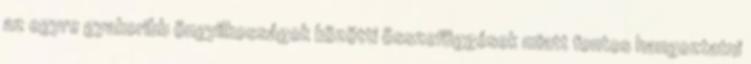
az egyre gyakoribb öngyilkosságok közötti összefüggések miatt fontos hangoztatni